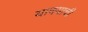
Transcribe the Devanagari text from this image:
यावयाची